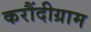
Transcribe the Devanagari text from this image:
करौंदीग्राम